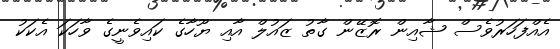
އެއްފަހަރުވެސް ޝާއިން ރޮޒޭން ގާތު ޒައުލް އާއި ޔޫހާގެ ކައިވެނީގެ ވާހަކަ އެކަކު